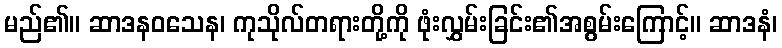
မည်၏။ ဆာဒနဝသေန၊ ကုသိုလ်တရားတို့ကို ဖုံးလွှမ်းခြင်း၏အစွမ်းကြောင့်။ ဆာဒနံ၊